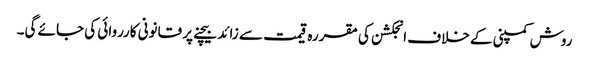
روش کمپنی کے خلاف انجکشن کی مقررہ قیمت سے زائد بیچنے پر قانونی کارروائی کی جائے گی۔